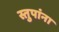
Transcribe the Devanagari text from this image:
स्तुपांना